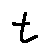
t